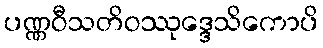
ပဏ္ဏဝီသတိဝဿုဒ္ဒေသိကောပိ